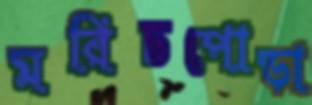
মরিচপোড়া